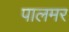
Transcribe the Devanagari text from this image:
पालमर